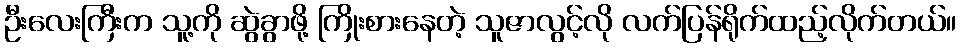
ဦးလေးကြီးက သူ့ကို ဆွဲခွာဖို့ ကြိုးစားနေတဲ့ သူဇာလွင့်လို လက်ပြန်ရိုက်ထည့်လိုက်တယ်။